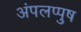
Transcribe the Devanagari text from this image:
अंपलप्पुष